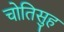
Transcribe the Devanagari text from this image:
चोतिसुह